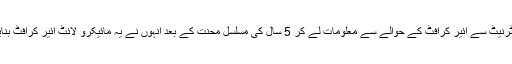
انٹرنیٹ سے ائیر کرافٹ کے حوالے سے معلومات لے کر 5 سال کی مسلسل محنت کے بعد انہوں نے یہ مائیکرو لائٹ ائیر کرافٹ بنایا۔